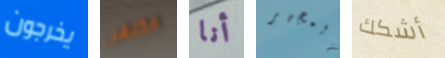
يخرجون الكنغر أنا المجهر أشكك